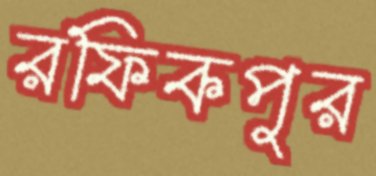
রফিকপুর